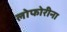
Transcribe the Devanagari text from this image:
लोफोरीना